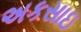
અકસાઇ